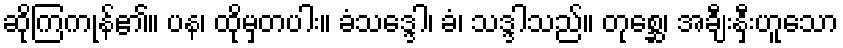
ဆိုကြကုန်၏။ ပန၊ ထိုမှတပါး။ ခံသဒ္ဒေါ၊ ခံ၊ သဒ္ဒါသည်။ တုစ္ဆေ၊ အချီးနှီးဟူသော